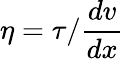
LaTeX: \eta=\tau/{\frac{dv}{dx}}